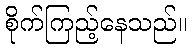
စိုက်ကြည့်နေသည်။